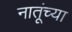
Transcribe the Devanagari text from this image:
नातूंच्या